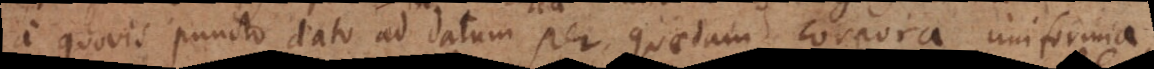
a quovis puncto dato ad datum per quaedam corpora uniformia